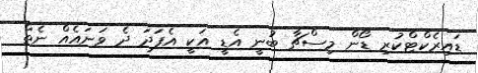
ޑައިރެކްޓްކުރި ޑޯން މިސްޗާ ބުނީ އެޑީ އަކީ އެފަދަ ދެ ވަނައެއް ނެތް